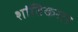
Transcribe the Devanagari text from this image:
शांतिकरार